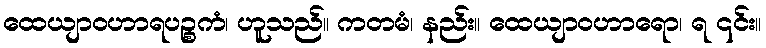
ထေယျာဝဟာရပဉ္စကံ၊ ဟူသည်။ ကတမံ၊ နည်း။ ထေယျာဝဟာရော၊ ရ ၎င်း။